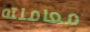
معاملته